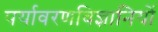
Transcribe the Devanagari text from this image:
पर्यावरणविज्ञानियों